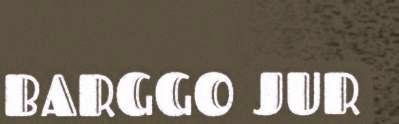
BARGGO JUR